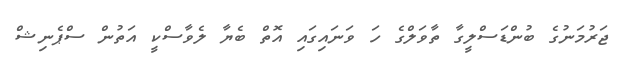
ޖަރުމަނުގެ ބުންޑަސްލީގާ ތާވަލްގެ ހަ ވަނައިގައި އޮތް ބެޔާ ލެވާސްކީ އަތުން ސްޕެނިޝް